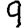
Digit: 9